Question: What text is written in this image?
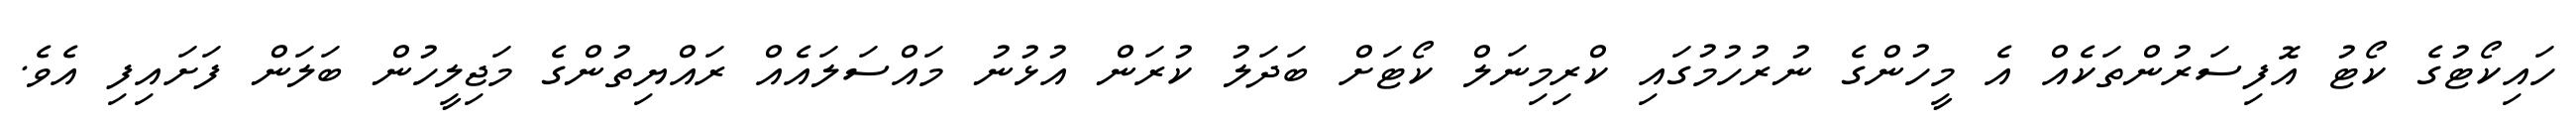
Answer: ހައިކޯޓުގެ ކޯޓު އޮފިސަރުންތަކެއް އެ މީހުންގެ ނުރުހުމުގައި ކްރިމިނަލް ކޯޓަށް ބަދަލު ކުރަން އުޅުނު މައްސަލައެއް ރައްޔިތުންގެ މަޖިލީހުން ބަލަން ފަށައިފި އެވެ.